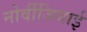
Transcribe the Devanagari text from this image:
नोर्वीजियाई